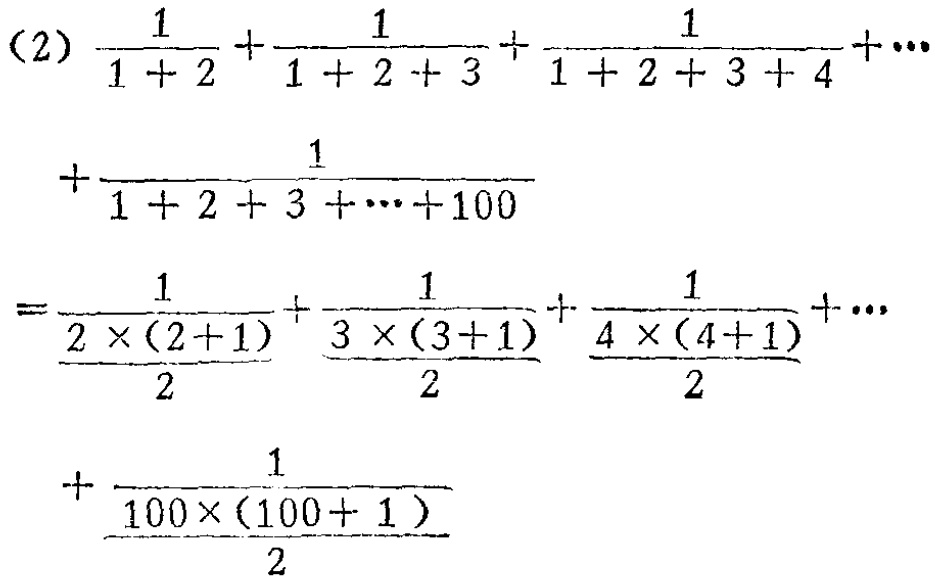
\[

\begin{align*}

&(2)\frac{1}{1 + 2}+\frac{1}{1 + 2 + 3}+\frac{1}{1 + 2 + 3 + 4}+\cdots\\

&+\frac{1}{1 + 2 + 3 + \cdots+100}\\

=&\frac{1}{\frac{2\times(2 + 1)}{2}}+\frac{1}{\frac{3\times(3 + 1)}{2}}+\frac{1}{\frac{4\times(4 + 1)}{2}}+\cdots\\

&+\frac{1}{\frac{100\times(100 + 1)}{2}}

\end{align*}

\]